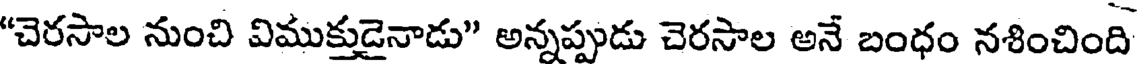
"చెరసాల నుంచి విముక్తుడైనాడు" అన్నప్పుడు చెరసాల అనే బంధం నశించింది